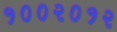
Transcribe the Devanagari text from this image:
१००२०१२